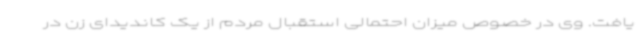
یافت. وی در خصوص میزان احتمالی استقبال مردم از یک کاندیدای زن در